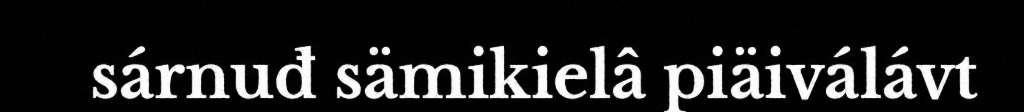
sárnuđ sämikielâ piäiválávt